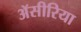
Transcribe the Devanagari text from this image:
ॲसीरिया